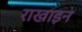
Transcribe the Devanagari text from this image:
राखाइन